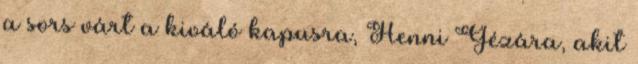
a sors várt a kiváló kapusra, Henni Gézára, akit